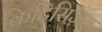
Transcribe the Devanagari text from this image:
क्रिटिसिज़म